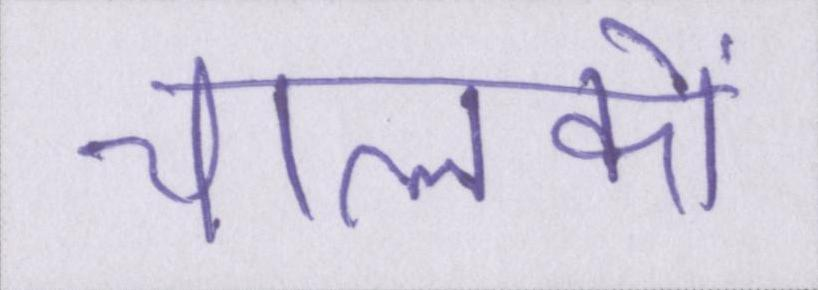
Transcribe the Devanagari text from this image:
चालकों